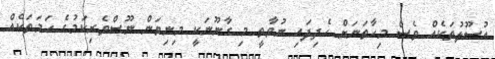
އުސޫލުތަކެއް ވެސް މިހާތަނަށް ހެދިފައި ނުވާތީ މި ގާނޫނަކީ މިނިވަން ނޫސްވެރިކަމުގެ ހަމަތަކެއް